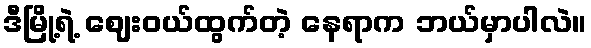
ဒီမြို့ရဲ့ ဈေးဝယ်ထွက်တဲ့ နေရာက ဘယ်မှာပါလဲ။